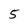
Character: 5